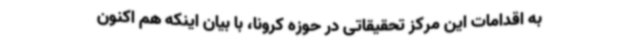
به اقدامات این مرکز تحقیقاتی در حوزه کرونا، با بیان اینکه هم اکنون